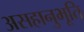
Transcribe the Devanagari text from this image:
असहानुभूति